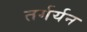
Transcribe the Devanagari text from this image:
तर्गर्यन